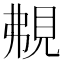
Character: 𧠤